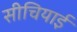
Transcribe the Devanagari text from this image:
सीचियाई